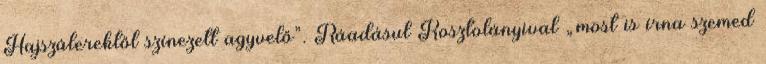
Hajszálerektől színezett agyvelő”. Ráadásul Kosztolányival „most is írna szemed